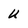
Character: u